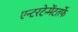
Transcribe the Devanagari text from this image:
एन्टरटेन्मेंटतर्फे